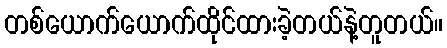
တစ်ယောက်ယောက်ထိုင်ထားခဲ့တယ်နဲ့တူတယ်။